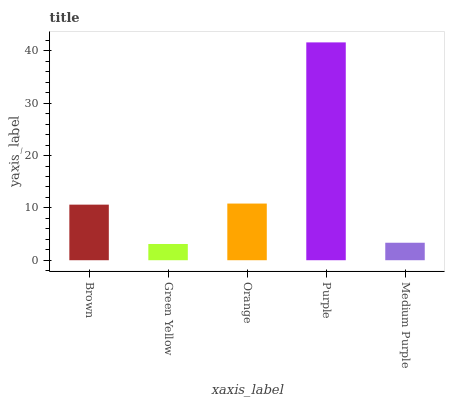
| xaxis_label | bars |
 | --- | --- |
 | Brown | 10.6 |
 | Green Yellow | 3.1 |
 | Orange | 10.8 |
 | Purple | 41.6 |
 | Medium Purple | 3.34 |